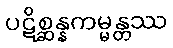
ပဋိစ္ဆန္နကမ္မန္တဿ